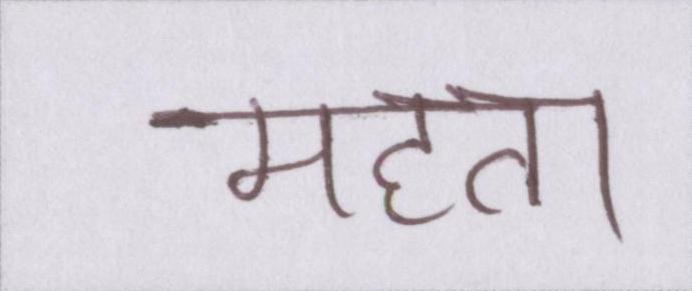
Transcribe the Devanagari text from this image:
महत्ता